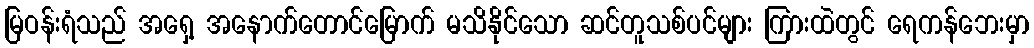
မြဝန်းရံသည် အရှေ့ အနောက်တောင်မြောက် မသိနိုင်သော ဆင်တူသစ်ပင်များ ကြားထဲတွင် ရေကန်ဘေးမှာ